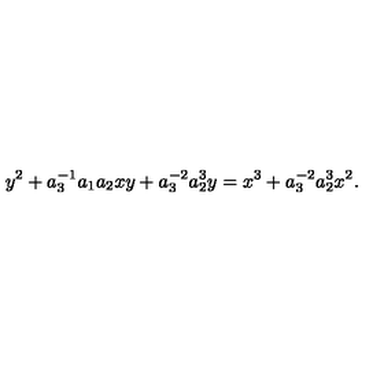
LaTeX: y ^ { 2 } + a _ { 3 } ^ { - 1 } a _ { 1 } a _ { 2 } x y + a _ { 3 } ^ { - 2 } a _ { 2 } ^ { 3 } y = x ^ { 3 } + a _ { 3 } ^ { - 2 } a _ { 2 } ^ { 3 } x ^ { 2 } .